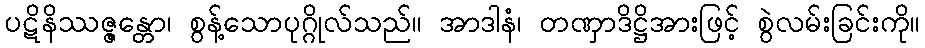
ပဋိနိဿဇ္ဇန္တော၊ စွန့်သောပုဂ္ဂိုလ်သည်။ အာဒါနံ၊ တဏှာဒိဋ္ဌိအားဖြင့် စွဲလမ်းခြင်းကို။